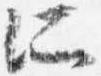
所